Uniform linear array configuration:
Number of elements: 48
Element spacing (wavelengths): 0.75
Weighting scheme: exponential
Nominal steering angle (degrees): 30
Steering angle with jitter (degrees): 30.911
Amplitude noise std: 0.05
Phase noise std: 0.05

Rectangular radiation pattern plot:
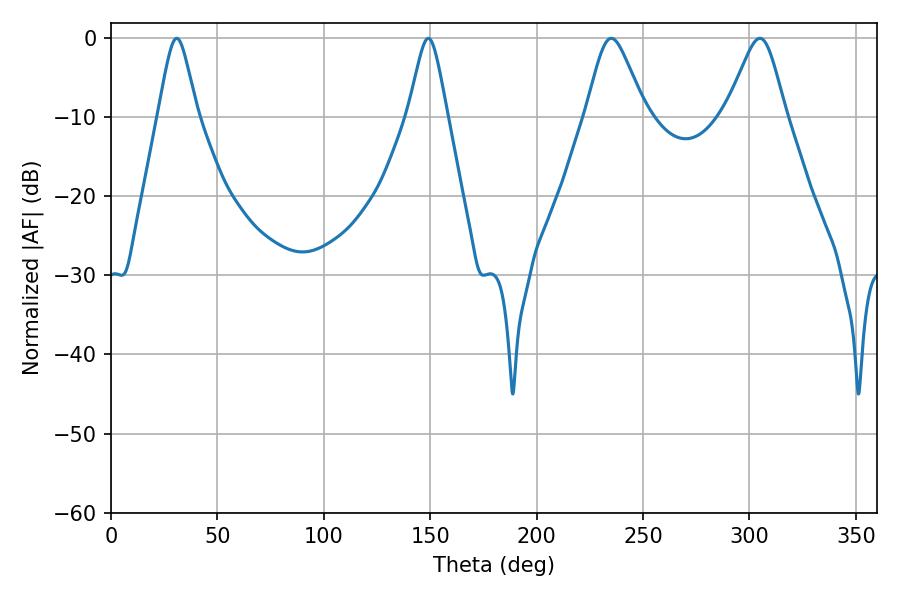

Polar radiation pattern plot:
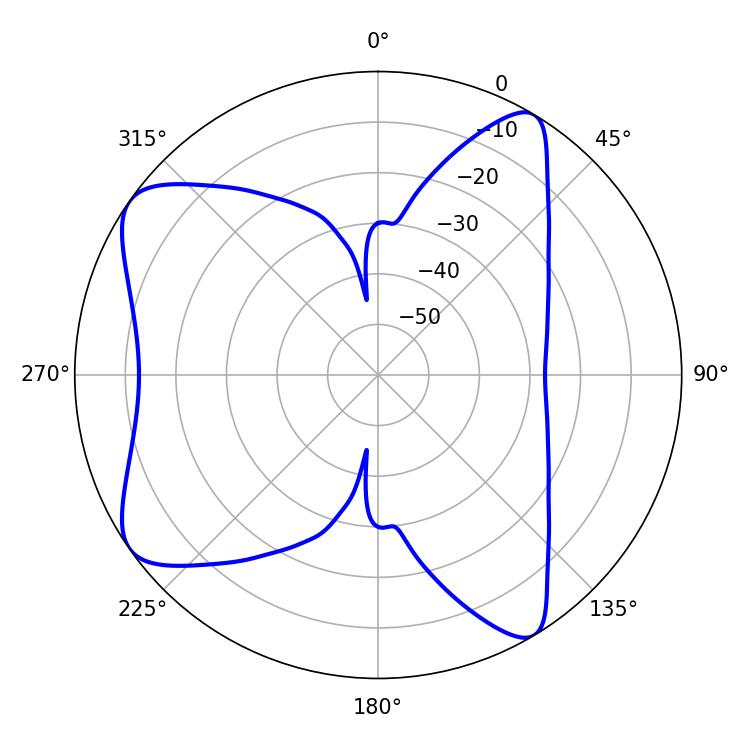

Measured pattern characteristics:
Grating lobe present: TRUE
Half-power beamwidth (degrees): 13.5
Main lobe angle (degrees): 235.08